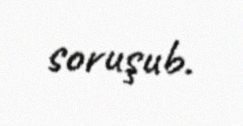
soruşub.